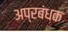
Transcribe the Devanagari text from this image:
अप्रबंधक